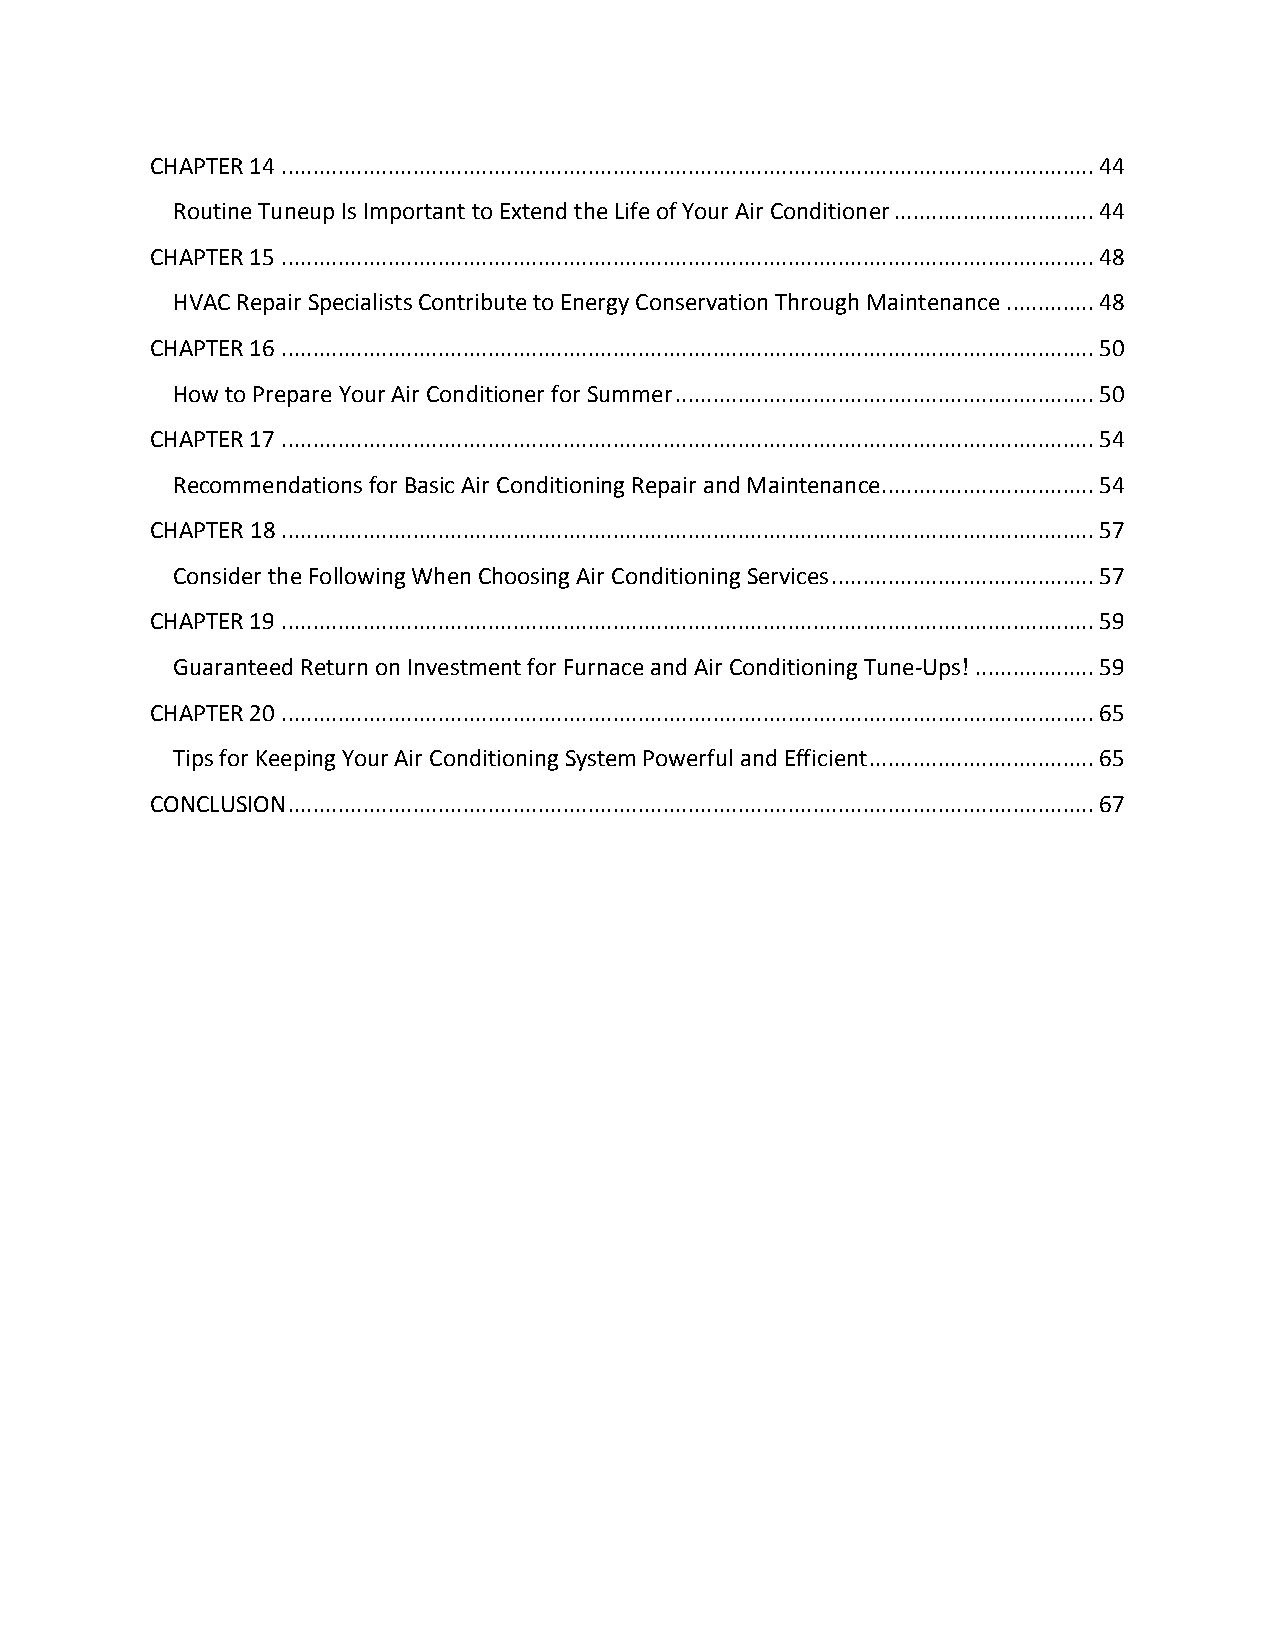
CHAPTER 14 .................................................................................................................................. 44
 Routine Tuneup Is Important to Extend the Life of Your Air Conditioner ................................ 44
 CHAPTER 15 .................................................................................................................................. 48
 HVAC Repair Specialists Contribute to Energy Conservation Through Maintenance .............. 48
 CHAPTER 16 .................................................................................................................................. 50
 How to Prepare Your Air Conditioner for Summer ................................................................... 50
 CHAPTER 17 .................................................................................................................................. 54
 Recommendations for Basic Air Conditioning Repair and Maintenance .................................. 54
 CHAPTER 18 .................................................................................................................................. 57
 Consider the Following When Choosing Air Conditioning Services .......................................... 57
 CHAPTER 19 .................................................................................................................................. 59
 Guaranteed Return on Investment for Furnace and Air Conditioning Tune-Ups! ................... 59
 CHAPTER 20 .................................................................................................................................. 65
 Tips for Keeping Your Air Conditioning System Powerful and Efficient .................................... 65
 CONCLUSION ................................................................................................................................. 67